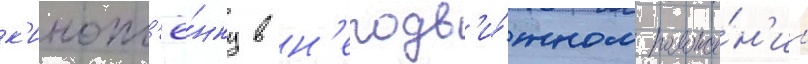
к'инопл'ё́нку в н'еподв'и́жном положе́н'ии